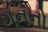
ગનનો